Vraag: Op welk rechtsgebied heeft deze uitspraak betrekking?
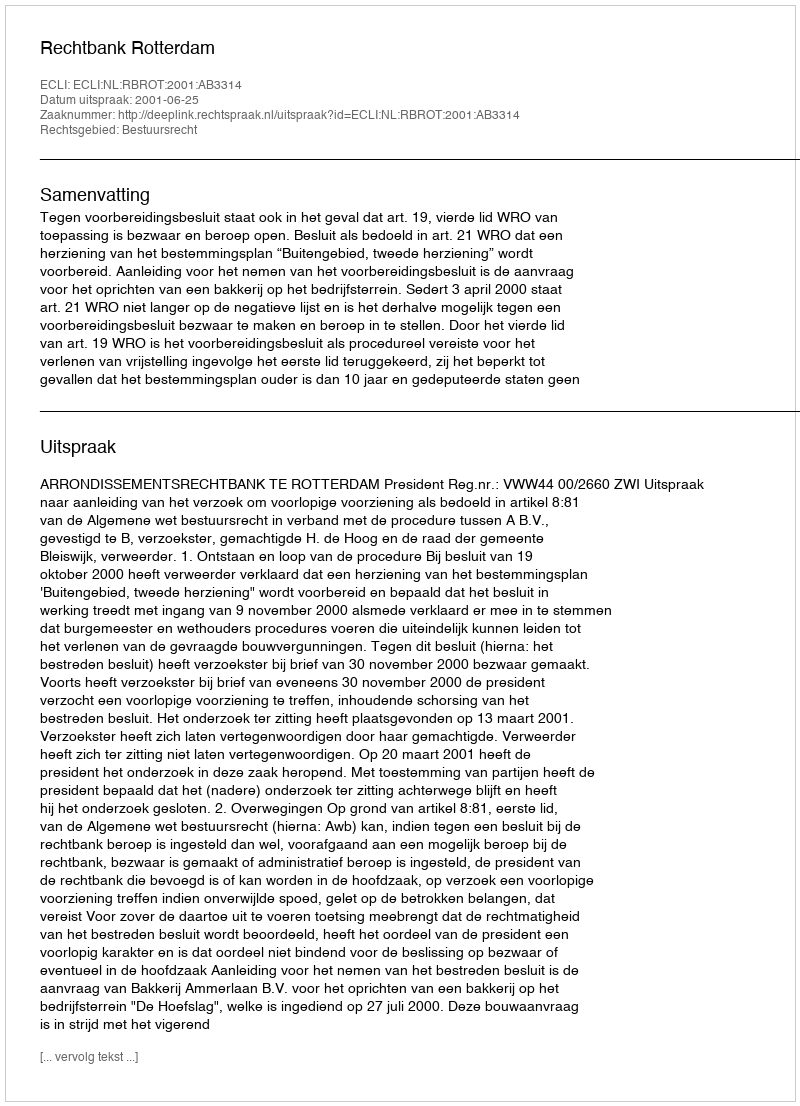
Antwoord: Bestuursrecht